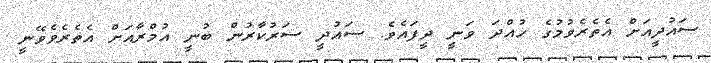
ސައުދީއަށް އެތެރެވުމުގެ ހުއްދަ ވަނީ ދީފައެވެ. ސައުދީ ސަރުކާރުން ބުނީ އުމްރާއަށް އެތެރެވެވޭނީ